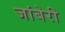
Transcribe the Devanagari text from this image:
जांबेरी